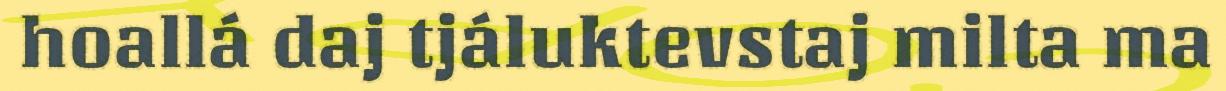
hoallá daj tjáluktevstaj milta ma